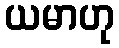
ယမာဟု